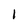
Character: 1